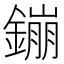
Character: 鏰